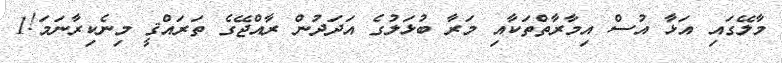
މާލޭގައި އަޅާ އުސް އިމާރާތްތަކާއި މަރާ ބުޅަލުގެ އަދަދުން ރާއްޖޭގެ ތަރައްޤީ މިނެކިރާނަމަ!1